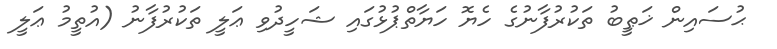
ޙުސައިން ޚަޠީބު ތަކުރުފާނުގެ ހެޔޮ ހަޔާތްޕުޅުގައި ޝަހީދުވި ޢަލީ ތަކުރުފާނު (އުތީމު ޢަލީ